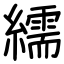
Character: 繻